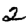
Digit: 2